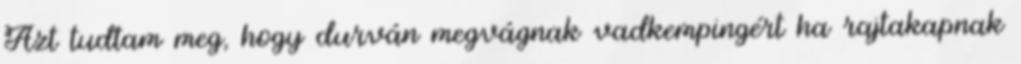
Azt tudtam meg, hogy durván megvágnak vadkempingért ha rajtakapnak